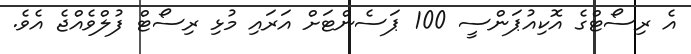
އެ ރިސޯޓްގެ އޮކިއުޕަންސީ 100 ޕަސެންޓަށް އަރައި މުޅި ރިސޯޓް ފުލްވެއްޖެ އެވެ.